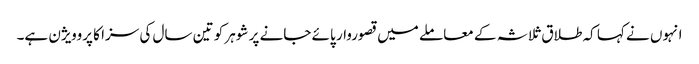
انہوں نے کہا کہ طلاق ثلاثہ کے معاملے میں قصوروار پائے جانے پر شوہر کو تین سال کی سزا کا پروویژن ہے۔